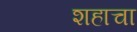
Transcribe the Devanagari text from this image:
शहाचा